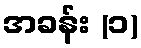
အခန်း (၁)